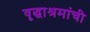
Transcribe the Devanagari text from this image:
वृद्धाश्रमांची